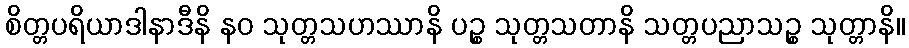
စိတ္တပရိယာဒါနာဒီနိ နဝ သုတ္တသဟဿာနိ ပဉ္စ သုတ္တသတာနိ သတ္တပညာသဉ္စ သုတ္တာနိ။